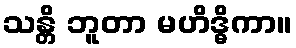
သန္တိ ဘူတာ မဟိဒ္ဓိကာ။